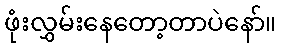
ဖုံးလွှမ်းနေတော့တာပဲနော်။